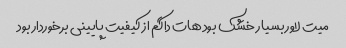
میت لاور بسیار خشک بود هات داگم از کیفیت پایینی برخوردار بود